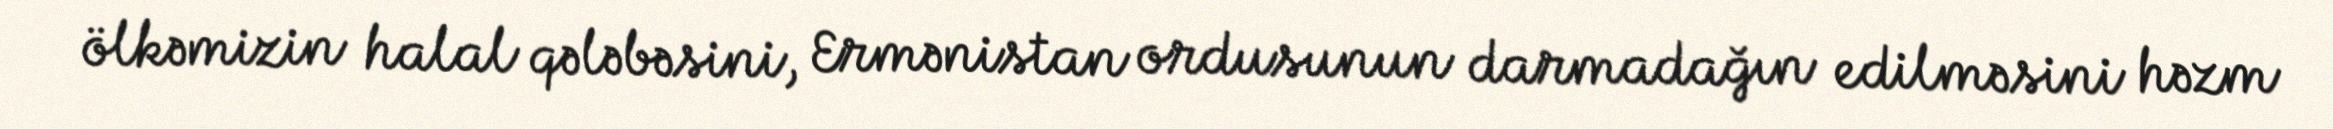
ölkəmizin halal qələbəsini, Ermənistan ordusunun darmadağın edilməsini həzm